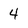
Character: 4